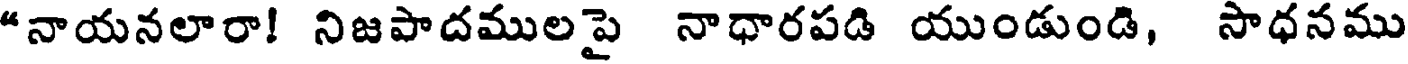
"నాయనలారా! నిజపాదములపై నాధారపడి యుండుండి, సాధనము